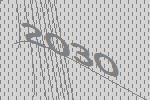
2030